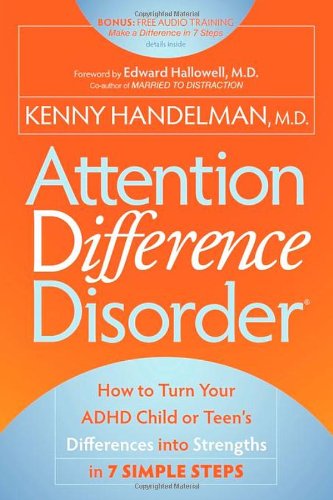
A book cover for Attention Difference Disorder: How to Turn Your ADHD Child or Teen's Differences into Strengths in 7 Simple Steps; Kenny Handelman; Health, Fitness & Dieting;